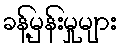
ခန့်မှန်းမှုများ